65_HS1-834228961_62-HQ-83894_Section_6
Agency: FBI
Page 121
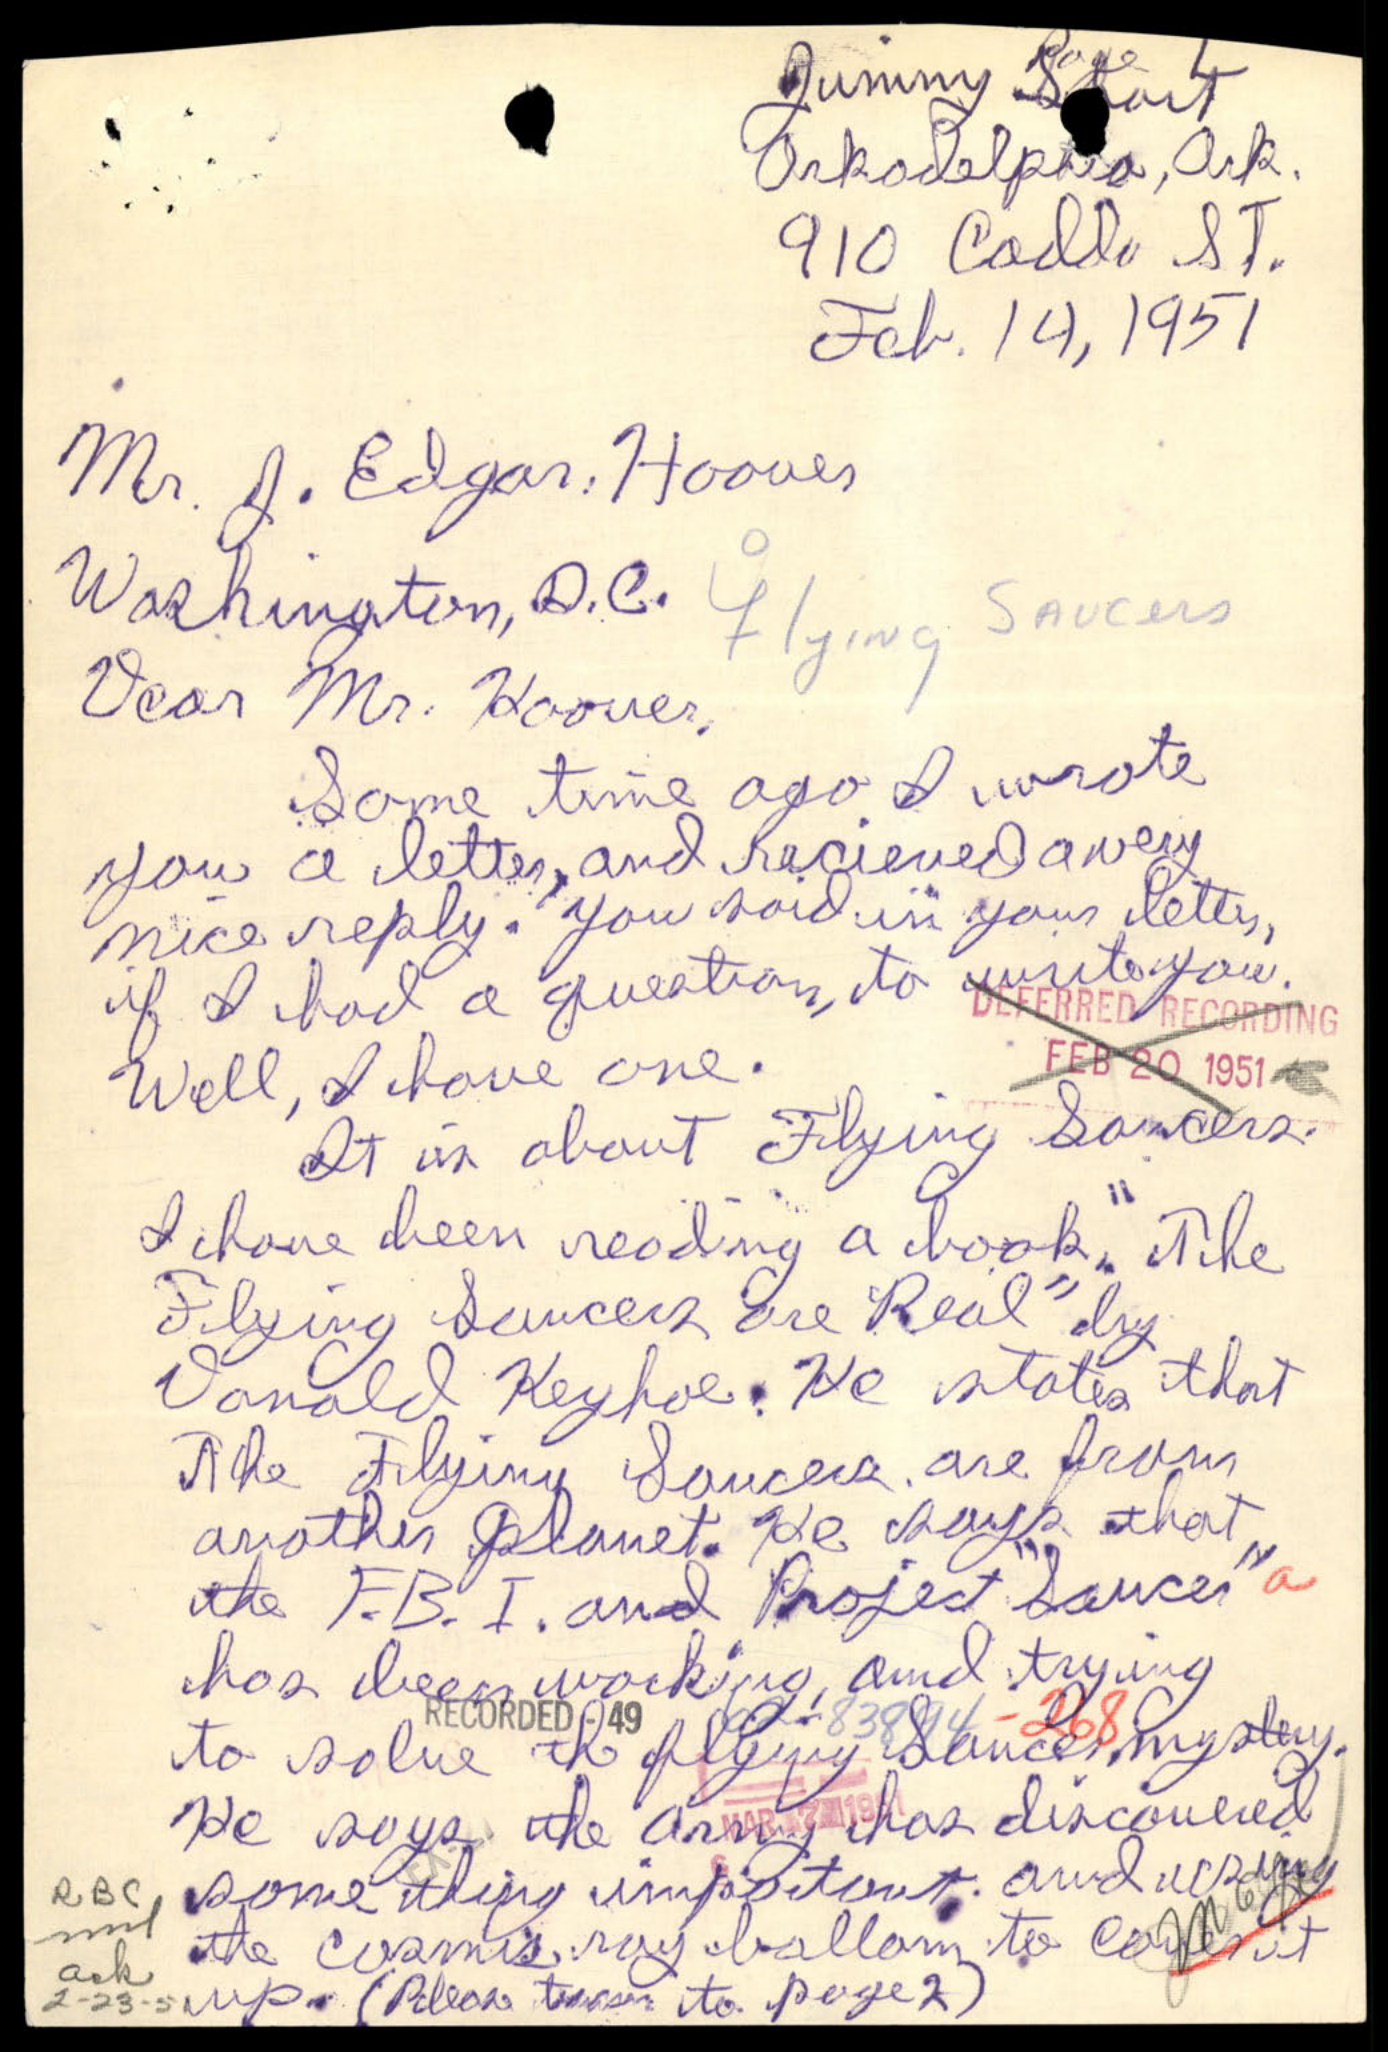